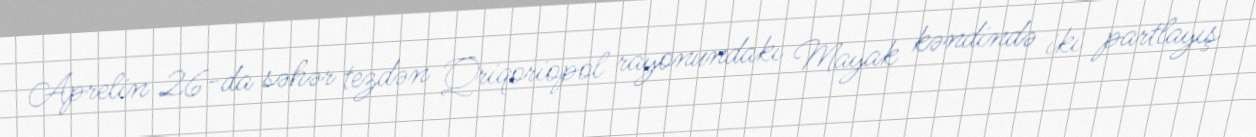
Aprelin 26-da səhər tezdən Qriqoriopol rayonundakı Mayak kəndində iki partlayış